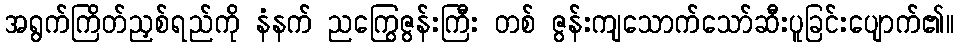
အရွက်ကြိတ်ညှစ်ရည်ကို နံနက် ညကြွေဇွန်းကြီး တစ် ဇွန်းကျသောက်သော်ဆီးပူခြင်းပျောက်၏။